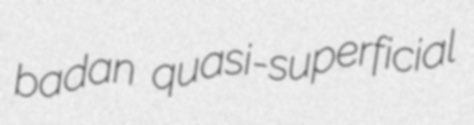
badan quasi-superficial